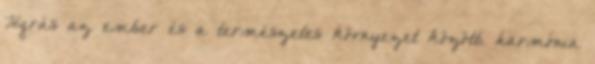
Ugrás az ember és a természetes környezet közötti harmónia